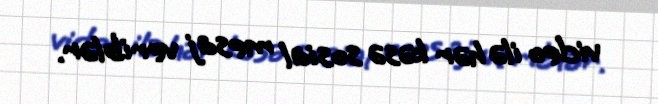
video ilə hər kəsə sosial mesaj veriblər.